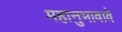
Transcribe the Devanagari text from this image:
महानुभावावे